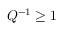
Q ^ { - 1 } \geq 1